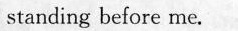
standing before me.